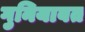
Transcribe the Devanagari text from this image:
गुनियाबत